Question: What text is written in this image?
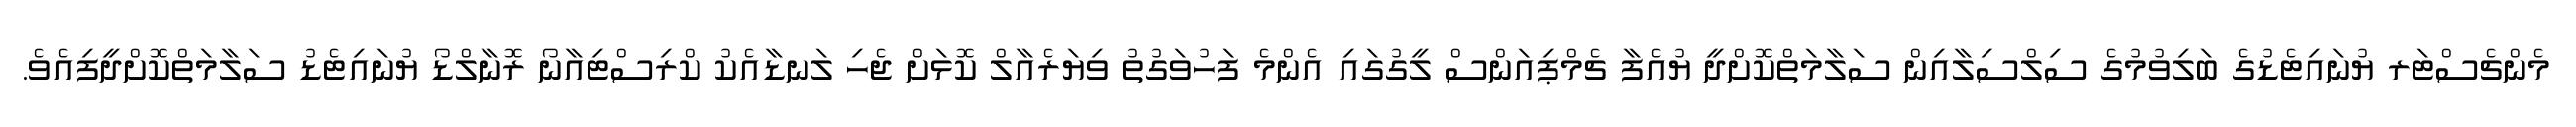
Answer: މެންޗެސްޓަރ ޔުނައިޓެޑުގެ ބަލިވުމުގެ ސިލްސިލާއިން ސަލާމަތްކޮށްދީ ޔުއެފާ ޗެމްޕިއަންސް ލީގުގައި އެންމެ ފަހުވަގުތު ވިޔަރެއާލް ކޮޅަށް ޖެހި ލަނޑާއެކު ކްރިސްޓިއާނޯ ރޮނާލްޑޯ ޔުނައިޓެޑު ސަލާމަތްކޮށްދީފިއެވެ.